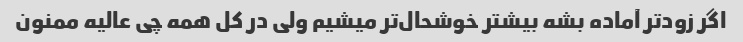
اگر زودتر آماده بشه بیشتر خوشحال‌تر میشیم ولی در کل همه چی عالیه ممنون